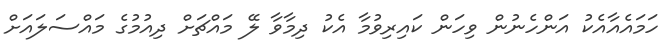
ހަމައެއާއެކު އަންހެނުން ވިހަން ކައިރިވުމާ އެކު ދިމާވާ ލޭ މައްޗަށް ދިއުމުގެ މައްސަލައަށް